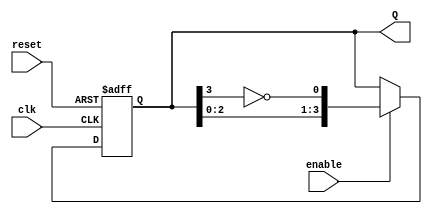
module johnson_counter (
    input wire clk,         // Clock input
    input wire reset,       // Asynchronous reset input
    input wire enable,      // Enable input
    output reg [3:0] Q      // 4-bit output representing the counter state
);

    // Asynchronous reset and counting logic
    always @(posedge clk or posedge reset) begin
        if (reset) begin
            Q <= 4'b0000; // Reset to 0000
        end else if (enable) begin
            Q <= {Q[2:0], ~Q[3]}; // Shift and feedback inverted last bit
        end
    end

endmodule